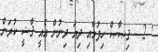
' 2 - ޤިޞާޞް ހިފުމާއި ދިޔަ ދިނުން އެއީ ޤާޟީ ކުރަން